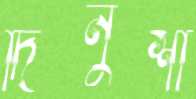
দিনুশা